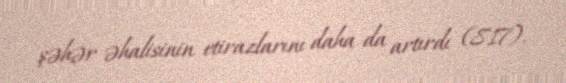
şəhər əhalisinin etirazlarını daha da artırdı (817).